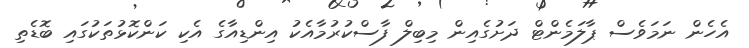
އެހެން ނަމަވެސް ޕާލަމެންޓް ދަށުގެއިން މިބިލް ފާސްކުރުމާއެކު އިންޑިއާގެ އެކި ކަންކޮޅުތަކުގައި ބޮޑެތި